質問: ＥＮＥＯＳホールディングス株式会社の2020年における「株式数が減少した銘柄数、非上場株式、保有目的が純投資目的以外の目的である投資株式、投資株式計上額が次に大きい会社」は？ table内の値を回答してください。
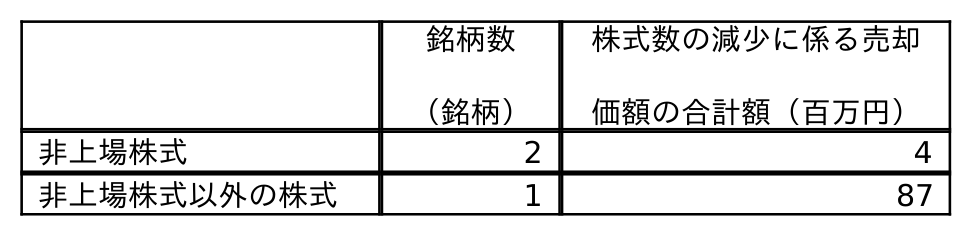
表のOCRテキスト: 銘柄数 （銘柄） 株式数の減少に係る売却 価額の合計額（百万円） 非上場株式 2 4 非上場株式以外の株式 1 87
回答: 2